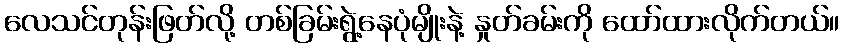
လေသင်တုန်းဖြတ်လို့ တစ်ခြမ်းရွဲ့နေပုံမျိုးနဲ့ နှုတ်ခမ်းကို ထော်ထားလိုက်တယ်။